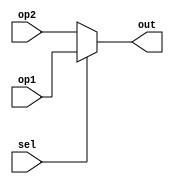
`timescale 1ns / 1ps
//////////////////////////////////////////////////////////////////////////////////
// Company: 
// Engineer: 
// 
// Design Name: 
// Module Name: mux_normalize
// Project Name: 
// Target Devices: 
// Tool Versions: 
// Description: 
// 
// Dependencies: 
// 
// Revision:
// Revision 0.01 - File Created
// Additional Comments:
// 
//////////////////////////////////////////////////////////////////////////////////


module mux_normalize(op1,op2,sel,out);
input [47:0]op1,op2;
input sel;
output reg [47:0]out;
always@(sel or op1 or op2)
begin
if(sel==1)
out=op1;
else
out=op2;
end
endmodule